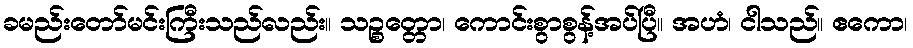
ခမည်းတော်မင်းကြီးသည်လည်း။ သဉ္စတ္တော၊ ကောင်းစွာစွန့်အပ်ပြီ။ အဟံ၊ ငါသည်။ ဧကော၊